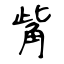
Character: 觜